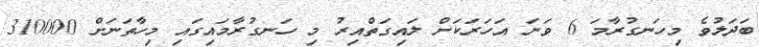
ބަދަލުވެ މިހަނގުރާމަ 6 ވަނަ އަހަރަކަށް ލައިގަތްއިރު މި ހަނގުރާމައިގައި މިހާތަނަށް 310000